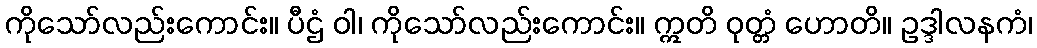
ကိုသော်လည်းကောင်း။ ပီဌံ ဝါ၊ ကိုသော်လည်းကောင်း။ ဣတိ ဝုတ္တံ ဟောတိ။ ဥဒ္ဒါလနကံ၊